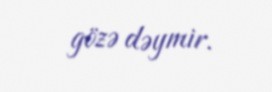
gözə dəymir.